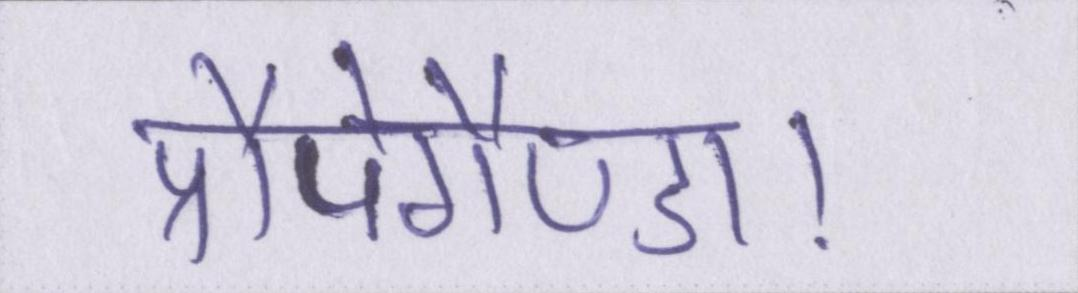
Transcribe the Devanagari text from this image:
प्रौपेगैण्डा।